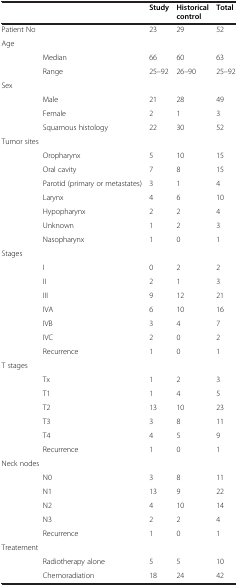
|  |  | Study | Historical control | Total |
 | --- | --- | --- | --- | --- |
 | Patient No |  | 23 | 29 | 52 |
 | <COLSPAN=5> Age |
 |  | Median | 66 | 60 | 63 |
 |  | Range | 25–92 | 26–90 | 25–92 |
 | <COLSPAN=5> Sex |
 |  | Male | 21 | 28 | 49 |
 |  | Female | 2 | 1 | 3 |
 |  | Squamous histology | 22 | 30 | 52 |
 | <COLSPAN=5> Tumor sites |
 |  | Oropharynx | 5 | 10 | 15 |
 |  | Oral cavity | 7 | 8 | 15 |
 |  | Parotid (primary or metastates) | 3 | 1 | 4 |
 |  | Larynx | 4 | 6 | 10 |
 |  | Hypopharynx | 2 | 2 | 4 |
 |  | Unknown | 1 | 2 | 3 |
 |  | Nasopharynx | 1 | 0 | 1 |
 | <COLSPAN=5> Stages |
 |  | I | 0 | 2 | 2 |
 |  | II | 2 | 1 | 3 |
 |  | III | 9 | 12 | 21 |
 |  | IVA | 6 | 10 | 16 |
 |  | IVB | 3 | 4 | 7 |
 |  | IVC | 2 | 0 | 2 |
 |  | Recurrence | 1 | 0 | 1 |
 | <COLSPAN=5> T stages |
 |  | Tx | 1 | 2 | 3 |
 |  | T1 | 1 | 4 | 5 |
 |  | T2 | 13 | 10 | 23 |
 |  | T3 | 3 | 8 | 11 |
 |  | T4 | 4 | 5 | 9 |
 |  | Recurrence | 1 | 0 | 1 |
 | <COLSPAN=5> Neck nodes |
 |  | N0 | 3 | 8 | 11 |
 |  | N1 | 13 | 9 | 22 |
 |  | N2 | 4 | 10 | 14 |
 |  | N3 | 2 | 2 | 4 |
 |  | Recurrence | 1 | 0 | 1 |
 | <COLSPAN=5> Treatement |
 |  | Radiotherapy alone | 5 | 5 | 10 |
 |  | Chemoradiation | 18 | 24 | 42 |